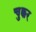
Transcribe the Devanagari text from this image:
चुक्कर